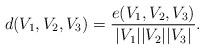
LaTeX: \begin{align*}d(V_1, V_2, V_3)=\frac{e(V_1,V_2,V_3)}{|V_1||V_2||V_3|}.\end{align*}